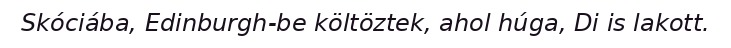
Skóciába, Edinburgh-be költöztek, ahol húga, Di is lakott.